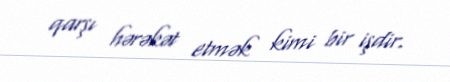
qarşı hərəkət etmək kimi bir işdir.